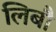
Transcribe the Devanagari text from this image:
लिबौ